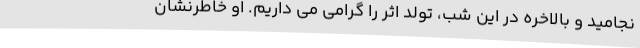
نجامید و بالاخره در این شب، تولد اثر را گرامی می داریم. او خاطرنشان